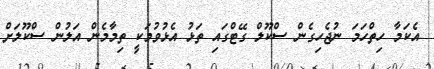
އެކަމާ ހިތްހަމަ ނުޖެހިގެން ސްކޫލް ގޭޓްގައި ތަޅު އެޅުވުމަކީ ތިމާމެން އަލުން ސްކޫލަށް